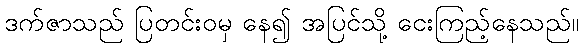
ဒက်ဇာသည် ပြတင်းဝမှ နေ၍ အပြင်သို့ ငေးကြည့်နေသည်။